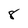
Character: 8